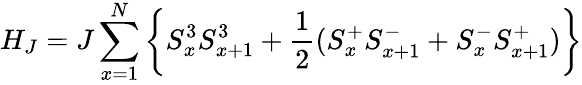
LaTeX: H_{J}=J\sum_{x=1}^{N}\left\{ S_{x}^{3}S_{x+1}^{3}+\frac{1}{2}(S_{x}^{+}S_{x+1}^{-}+S_{x}^{-}S_{x+1}^{+})\right\}